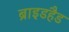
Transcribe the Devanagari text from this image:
ब्राइडहैड